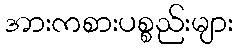
အားကစားပစ္စည်းများ